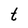
Character: t